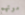
موتهم